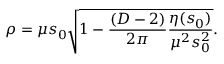
\rho = \mu s _ { 0 } \sqrt { 1 - \frac { ( D - 2 ) } { 2 \pi } \frac { \eta ( s _ { 0 } ) } { \mu ^ { 2 } s _ { 0 } ^ { 2 } } } .